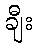
ချီး